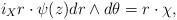
LaTeX: \begin{align*}i_Xr\cdot\psi(z)d r\wedge d\theta=r\cdot\chi,\end{align*}